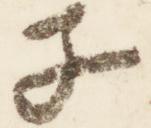
子